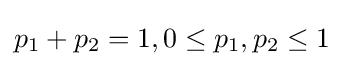
p_{1}+p_{2}=1,0\leq p_{1},p_{2}\leq 1